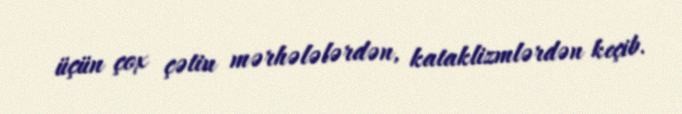
üçün çox çətin mərhələlərdən, kataklizmlərdən keçib.